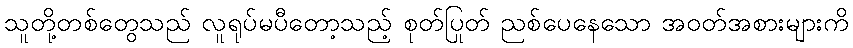
သူတို့တစ်တွေသည် လူရုပ်မပီတော့သည့် စုတ်ပြတ် ညစ်ပေနေသော အဝတ်အစားများကို